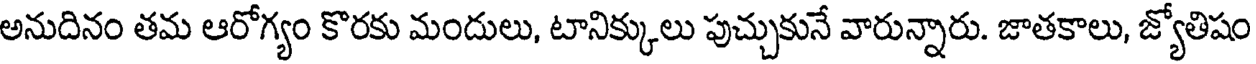
అనుదినం తమ ఆరోగ్యం కొరకు మందులు, టానిక్కులు పుచ్చుకునే వారున్నారు. జాతకాలు, జ్యోతిషం